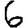
Digit: 6